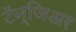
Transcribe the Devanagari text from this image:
टॅन्जिअर